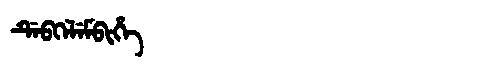
Manchu: ᡩᡝᠪᡴᡝᠯᡝᠮᠪᡳᡥᡝ
Romanization: DEBKELEMBIHE